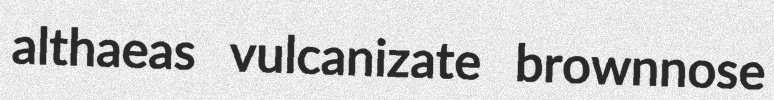
althaeas vulcanizate brownnose